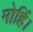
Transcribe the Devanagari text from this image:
मोहिं।